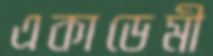
একাডেমী